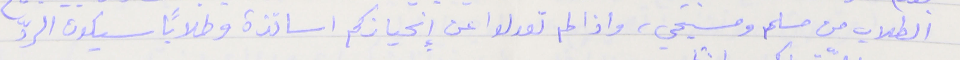
الطلاب من مسلم ومسيحي، واذا لم تعدلوا عن إِنحيازكم اساتذة وطلاباً سيكون الردّ